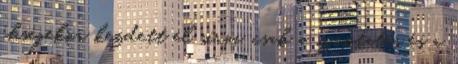
éhségekor kezdett el sírni, csak a szoptatás és a